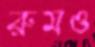
রুমও